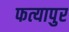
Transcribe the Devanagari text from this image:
फत्यापुर